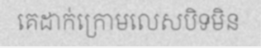
គេដាក់ក្រោមលេសបិទមិន